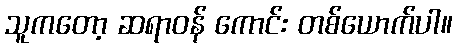
သူကတော့ ဆရာဝန် ကောင်း တစ်ယောက်ပါ။